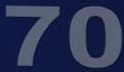
70